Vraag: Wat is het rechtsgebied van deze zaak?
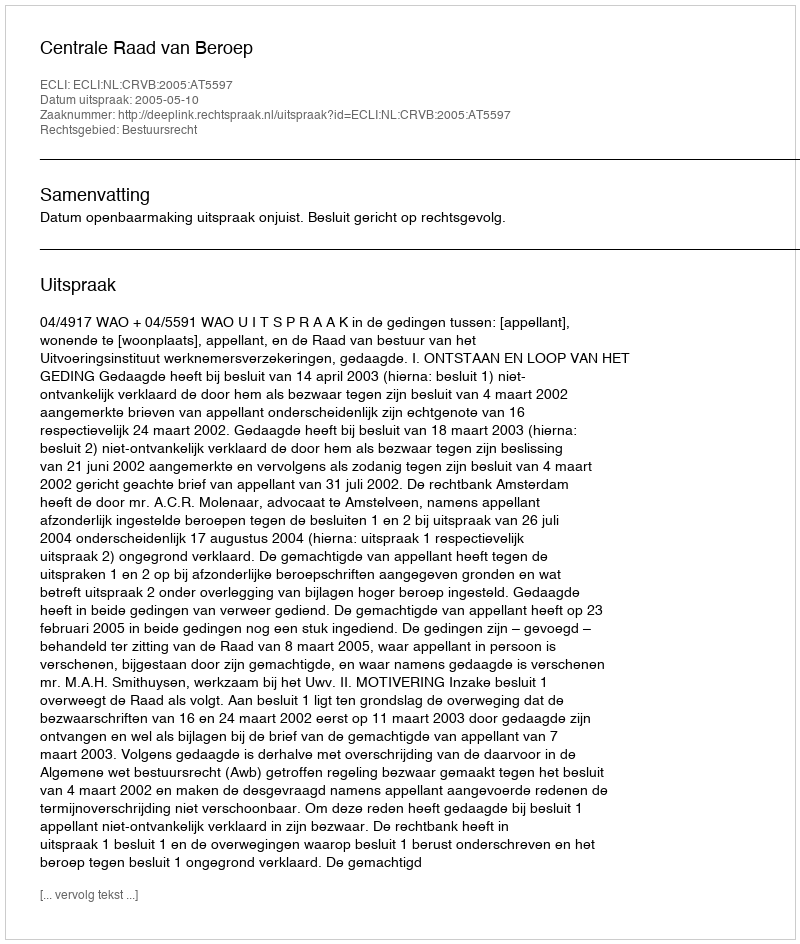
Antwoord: Bestuursrecht